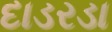
દાડરડા